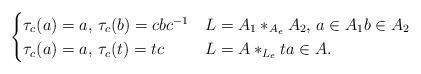
LaTeX: \begin{align*} \begin{cases} \tau_c(a)=a,\, \tau_c(b)=cbc^{-1} & L=A_1\ast_{A_e} A_2,\, a\in A_1 b\in A_2\\ \tau_c(a)=a,\, \tau_c(t)=tc & L=A\ast_{L_e}t a\in A. \end{cases} \end{align*}